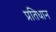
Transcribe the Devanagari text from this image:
प्रतिधान